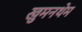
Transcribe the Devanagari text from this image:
खुमनथेम